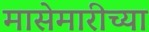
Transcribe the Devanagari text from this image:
मासेमारीच्या